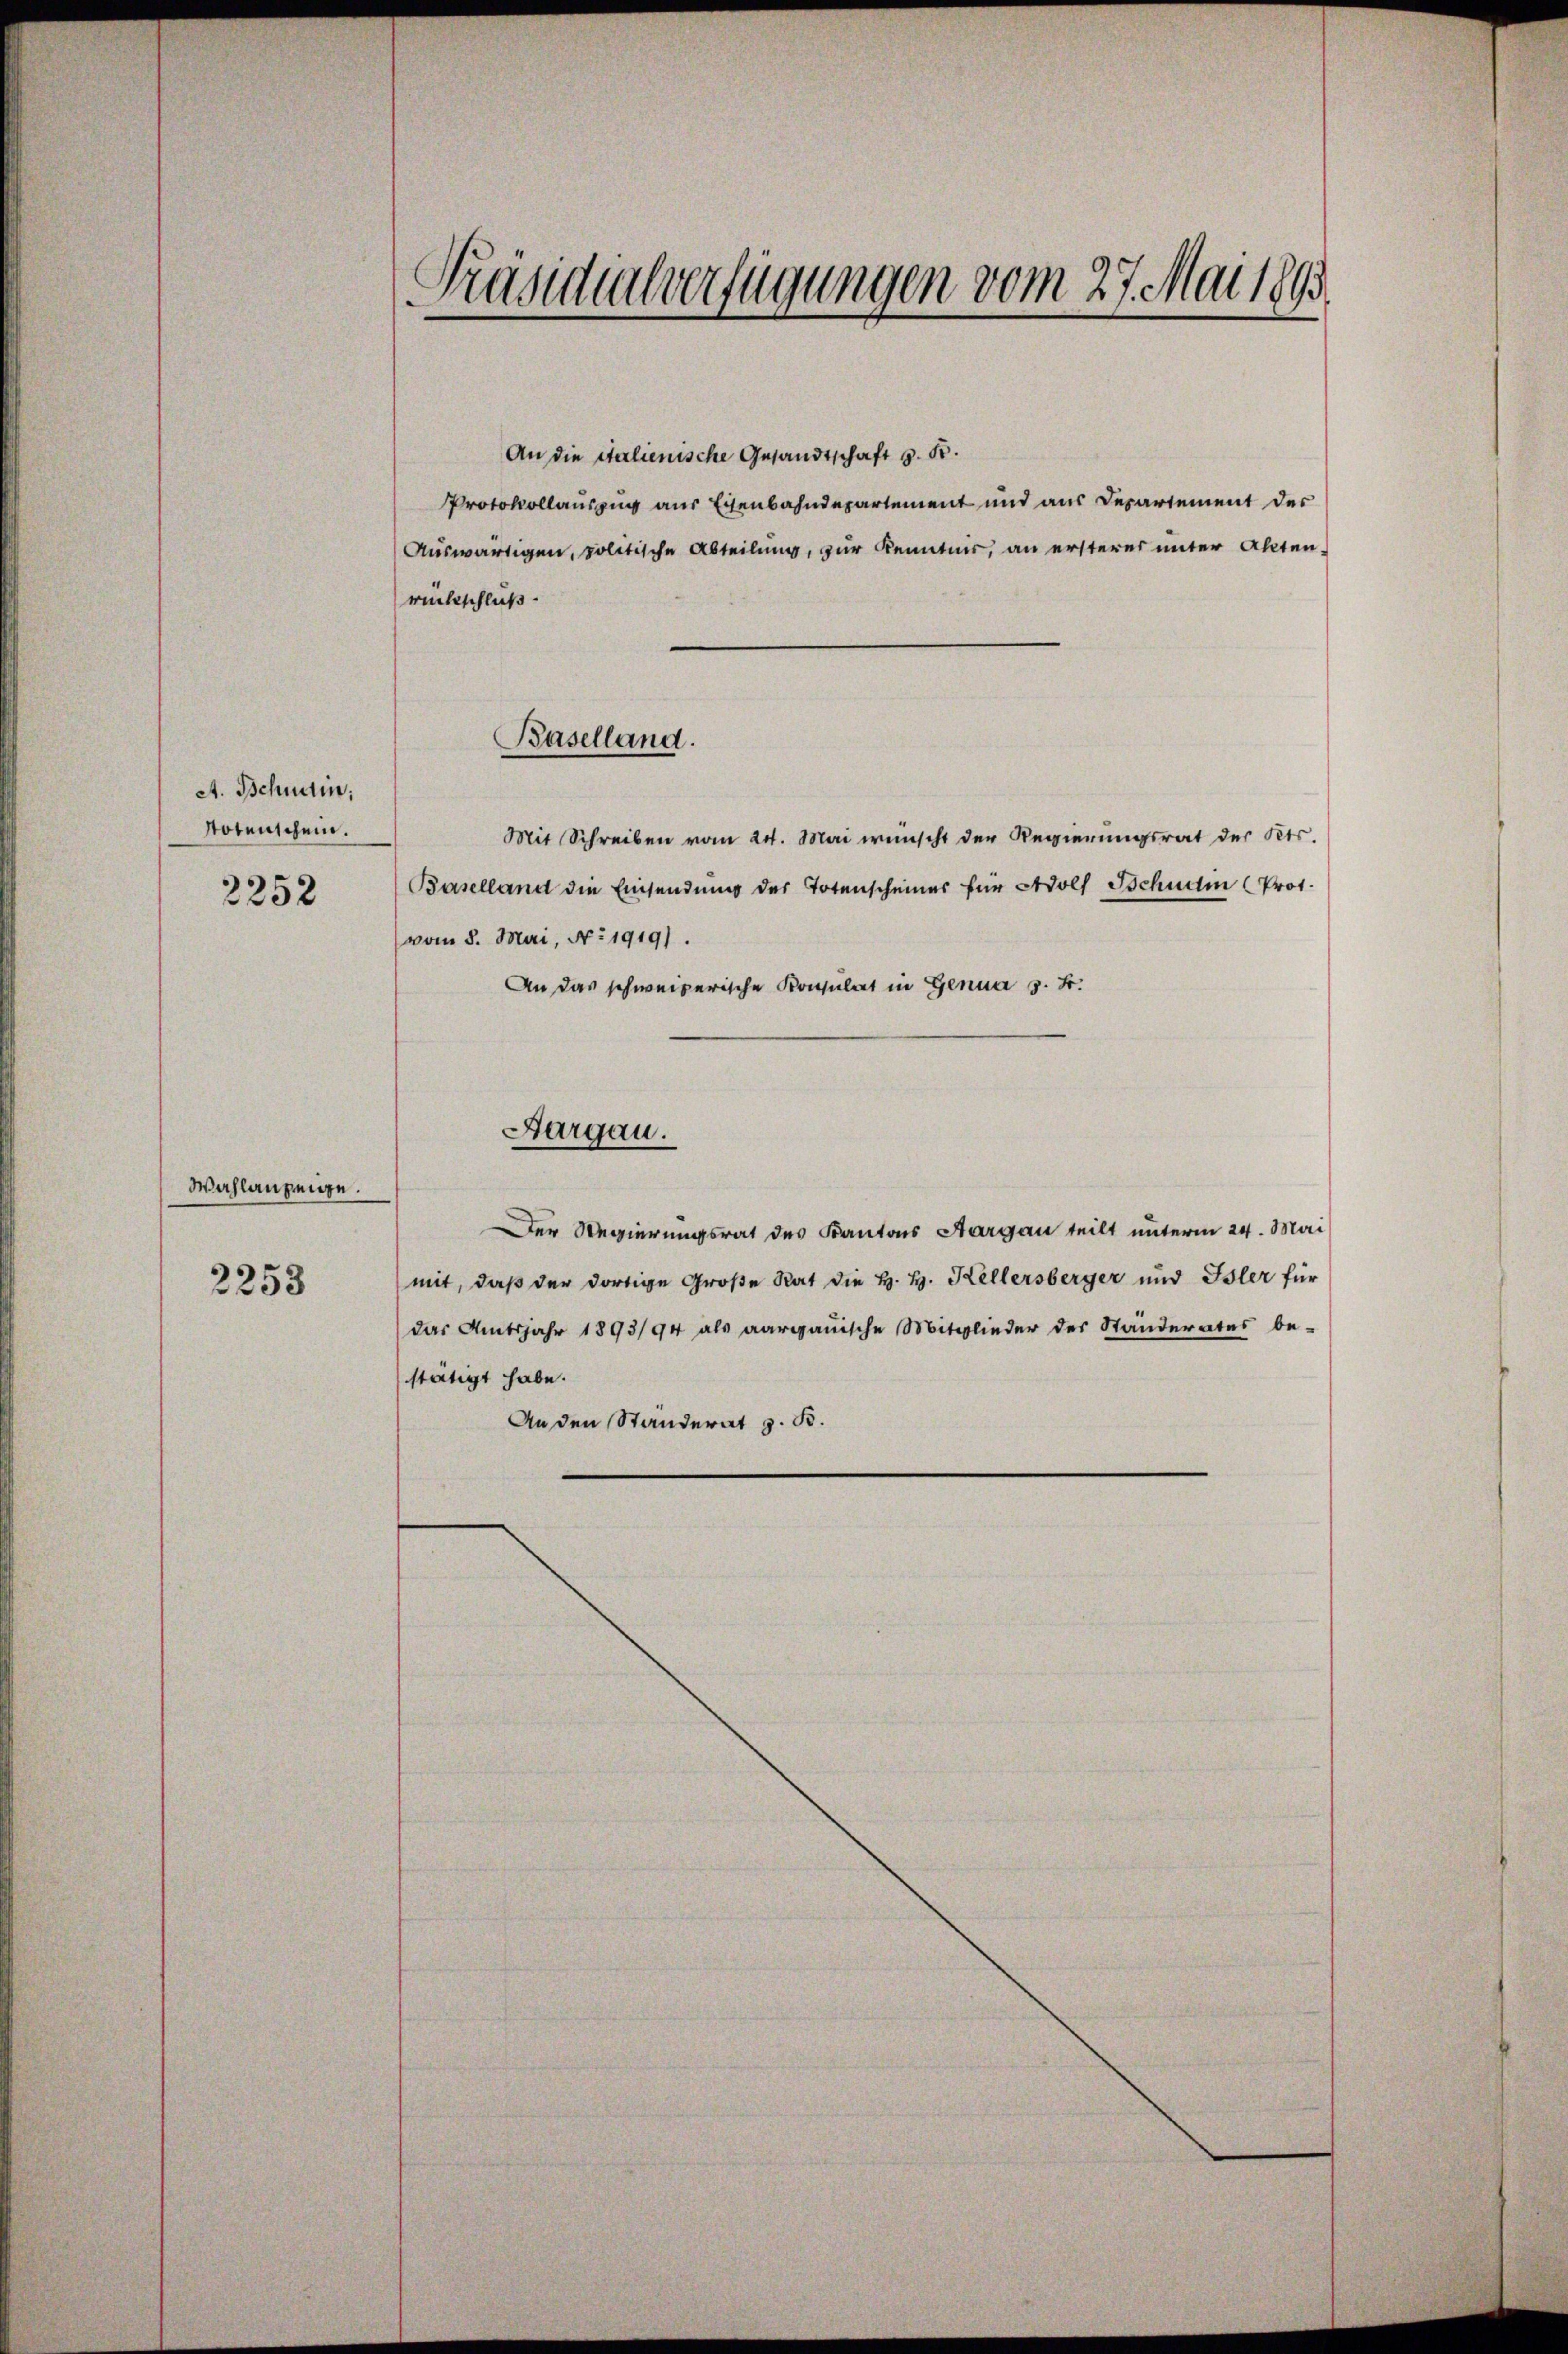
A. Schnein;
Notenschein.
2252

Wahlanzeige.

2253

Präsidialverfügungen vom 27. Mai 1891

An die italienische Gesandtschaft z. B.
Protokollauszug aus Eisenbahndepartement und aus Departement des
Auswärtigen, politische Abteilung, zur Kenntnis, an ersteres unter Aktenrückschluß.

Baselland.

Mit Schreiben vom 24. Mai wünscht der Regierungsrat des Kts.
Baselland die Einsendung der Totenscheiner für Adolf Schudin (Prot.
vom 8. Mai, No 1919).
An das schweizerische Konsulat in Genua s. S.
Aargau.
Der Regierungsrat des Kantons Aargau teilt unterm 24. Mai
mit, daß der dortige Große Rat die H. H. Kellersberger und Isler für
das Amtsjahr 1893/94 als aargauische Mitglieder des Ständerates be-
stätigt habe.
An den Ständerat z. B.